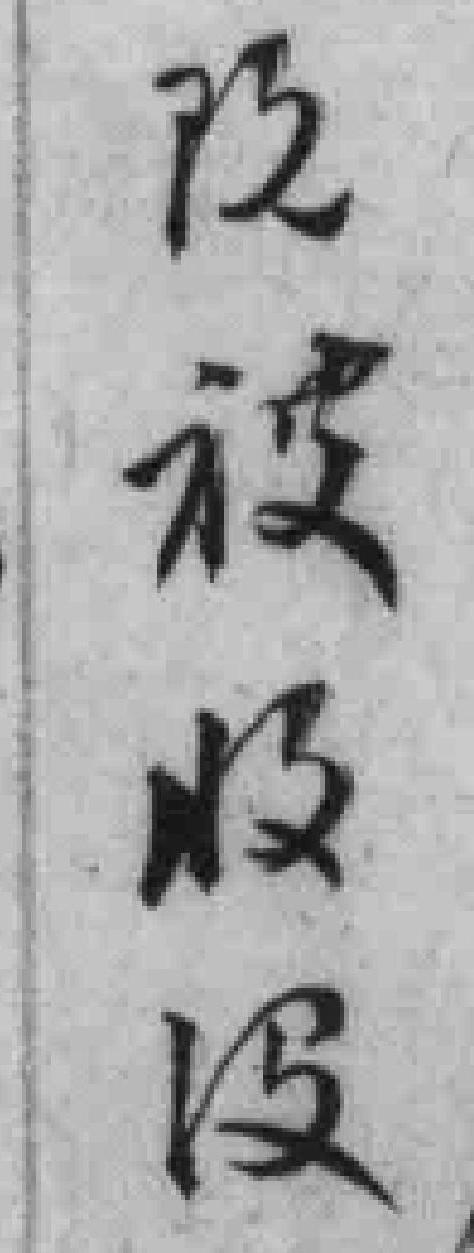
既被收没